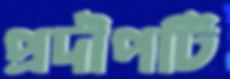
প্রদীপটি